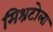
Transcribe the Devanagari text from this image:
मिश्रटोला